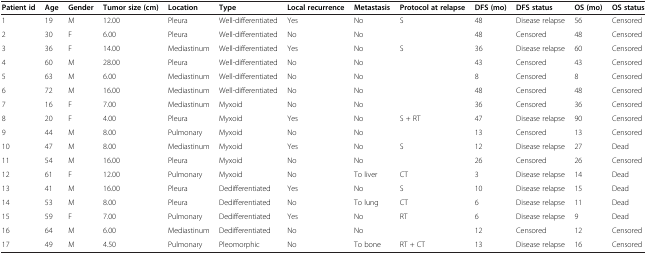
<table><thead><tr><td><b>Patient id</b></td><td><b>Age</b></td><td><b>Gender</b></td><td><b>Tumor size (cm)</b></td><td><b>Location</b></td><td><b>Type</b></td><td><b>Local recurrence</b></td><td><b>Metastasis</b></td><td><b>Protocol at relapse</b></td><td><b>DFS (mo)</b></td><td><b>DFS status</b></td><td><b>OS (mo)</b></td><td><b>OS status</b></td></tr></thead><tbody><tr><td>1</td><td>19</td><td>M</td><td>12.00</td><td>Pleura</td><td>Well-differentiated</td><td>Yes</td><td>No</td><td>S</td><td>48</td><td>Disease relapse</td><td>56</td><td>Censored</td></tr><tr><td>2</td><td>30</td><td>F</td><td>6.00</td><td>Pleura</td><td>Well-differentiated</td><td>No</td><td>No</td><td> </td><td>48</td><td>Censored</td><td>48</td><td>Censored</td></tr><tr><td>3</td><td>36</td><td>F</td><td>14.00</td><td>Mediastinum</td><td>Well-differentiated</td><td>Yes</td><td>No</td><td>S</td><td>36</td><td>Disease relapse</td><td>60</td><td>Censored</td></tr><tr><td>4</td><td>60</td><td>M</td><td>28.00</td><td>Pleura</td><td>Well-differentiated</td><td>No</td><td>No</td><td> </td><td>43</td><td>Censored</td><td>43</td><td>Censored</td></tr><tr><td>5</td><td>63</td><td>M</td><td>6.00</td><td>Mediastinum</td><td>Well-differentiated</td><td>No</td><td>No</td><td> </td><td>8</td><td>Censored</td><td>8</td><td>Censored</td></tr><tr><td>6</td><td>72</td><td>M</td><td>16.00</td><td>Mediastinum</td><td>Well-differentiated</td><td>No</td><td>No</td><td> </td><td>48</td><td>Censored</td><td>48</td><td>Censored</td></tr><tr><td>7</td><td>16</td><td>F</td><td>7.00</td><td>Mediastinum</td><td>Myxoid</td><td>No</td><td>No</td><td> </td><td>36</td><td>Censored</td><td>36</td><td>Censored</td></tr><tr><td>8</td><td>20</td><td>F</td><td>4.00</td><td>Pleura</td><td>Myxoid</td><td>Yes</td><td>No</td><td>S + RT</td><td>47</td><td>Disease relapse</td><td>90</td><td>Censored</td></tr><tr><td>9</td><td>44</td><td>M</td><td>8.00</td><td>Pulmonary</td><td>Myxoid</td><td>No</td><td>No</td><td> </td><td>13</td><td>Censored</td><td>13</td><td>Censored</td></tr><tr><td>10</td><td>47</td><td>M</td><td>8.00</td><td>Mediastinum</td><td>Myxoid</td><td>Yes</td><td>No</td><td>S</td><td>12</td><td>Disease relapse</td><td>27</td><td>Dead</td></tr><tr><td>11</td><td>54</td><td>M</td><td>16.00</td><td>Pleura</td><td>Myxoid</td><td>No</td><td>No</td><td> </td><td>26</td><td>Censored</td><td>26</td><td>Censored</td></tr><tr><td>12</td><td>61</td><td>F</td><td>12.00</td><td>Pulmonary</td><td>Myxoid</td><td>No</td><td>To liver</td><td>CT</td><td>3</td><td>Disease relapse</td><td>14</td><td>Dead</td></tr><tr><td>13</td><td>41</td><td>M</td><td>16.00</td><td>Pleura</td><td>Dedifferentiated</td><td>Yes</td><td>No</td><td>S</td><td>10</td><td>Disease relapse</td><td>15</td><td>Dead</td></tr><tr><td>14</td><td>53</td><td>M</td><td>8.00</td><td>Pleura</td><td>Dedifferentiated</td><td>No</td><td>To lung</td><td>CT</td><td>6</td><td>Disease relapse</td><td>11</td><td>Dead</td></tr><tr><td>15</td><td>59</td><td>F</td><td>7.00</td><td>Pulmonary</td><td>Dedifferentiated</td><td>Yes</td><td>No</td><td>RT</td><td>6</td><td>Disease relapse</td><td>9</td><td>Dead</td></tr><tr><td>16</td><td>64</td><td>M</td><td>6.00</td><td>Mediastinum</td><td>Dedifferentiated</td><td>No</td><td>No</td><td> </td><td>12</td><td>Censored</td><td>12</td><td>Censored</td></tr><tr><td>17</td><td>49</td><td>M</td><td>4.50</td><td>Pulmonary</td><td>Pleomorphic</td><td>No</td><td>To bone</td><td>RT + CT</td><td>13</td><td>Disease relapse</td><td>16</td><td>Censored</td></tr></tbody></table>